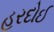
હરદોઈ